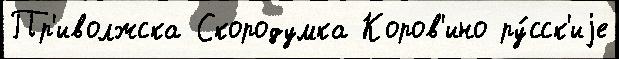
Пр'иволжска Скородумка Коров'ино ру́сск'иjе